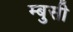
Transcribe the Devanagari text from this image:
म्बुसी